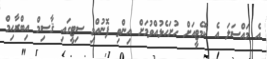
އެ މައްސަލަ އެ ކޮމެޓީއަށް ހުށަހެޅުއްވުމަށް އިންތި ފޮނުއްވި ސިޓީގައި ޤާސިމް އިބްރާހިމް